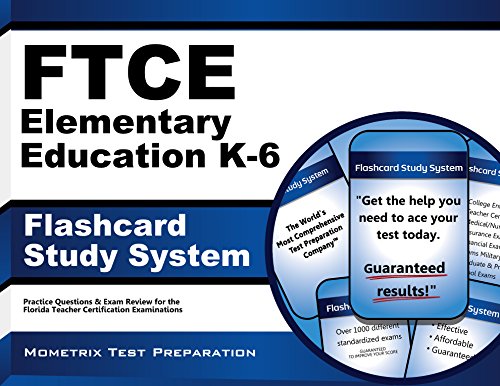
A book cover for FTCE Elementary Education K-6 Flashcard Study System: FTCE Test Practice Questions & Exam Review for the Florida Teacher Certification Examinations; FTCE Exam Secrets Test Prep Team; Test Preparation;